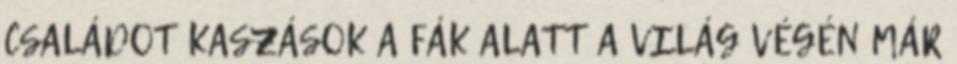
CSALÁDOT KASZÁSOK A FÁK ALATT A VILÁG VÉGÉN MÁR